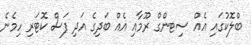
ބްލޮކުގައި އެއް ސިޓންގް ރޫމާއި އެއް ބަދިގެ އަދި ފަސް ކޮޓަރި ހިމެނެ